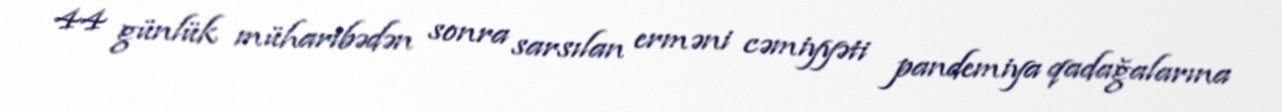
44 günlük müharibədən sonra sarsılan erməni cəmiyyəti pandemiya qadağalarına